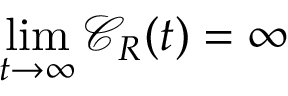
\operatorname* { l i m } _ { t \rightarrow \infty } { \mathcal C } _ { R } ( t ) = \infty